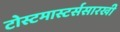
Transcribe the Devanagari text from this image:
टोस्टमास्टर्ससारखी